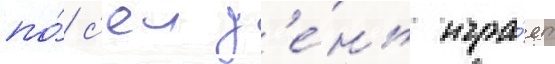
по́ с'еи д'е́нь игра́ет